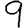
Digit: 9